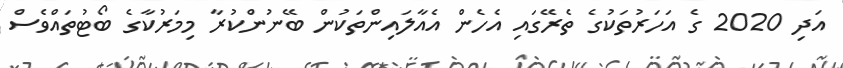
އަދި 2020 ގެ އަހަރުތަކުގެ ތެރޭގައި އެހެން އެއާލައިންތަކުން ބޭނުންކުރާ މިމަރުކާގެ ބޯޓުތައްވެސް